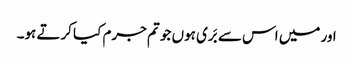
اور میں اس سے بَری ہوں جو تم جرم کیا کرتے ہو۔